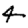
Digit: 4